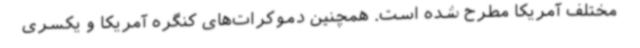
مختلف آمریکا مطرح شده است. همچنین دموکرات‌های کنگره آمریکا و یکسری